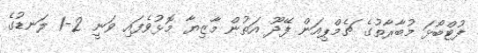
ފުޓްބޯޅަ މުބާރާތުގެ ޗެމްޕިއަން ފޭދޫ އަތުން މާޒިޔާ މޮޅުވެފައި ވަނީ 2-1 ލަނޑުގެ